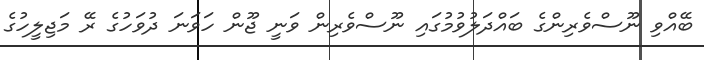
ބޭއްވި ނޫސްވެރިންގެ ބައްދަލުވުމުގައި ނޫސްވެރިން ވަނީ ޖޫން ހަވަނަ ދުވަހުގެ ރޭ މަޖިލީހުގެ